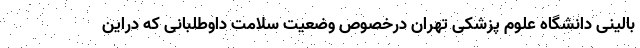
بالینی دانشگاه علوم پزشکی تهران درخصوص وضعیت سلامت داوطلبانی که دراین